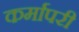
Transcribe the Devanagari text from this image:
कर्मापरी